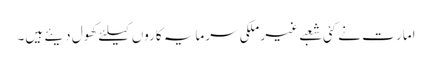
امار ت نے کئی شعبے غیر ملکی سرمایہ کاروں کیلئے کھول دیئے ہیں۔